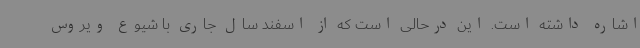
اشاره داشته است. این درحالی است که از اسفند سال جاری با شیوع ویروس